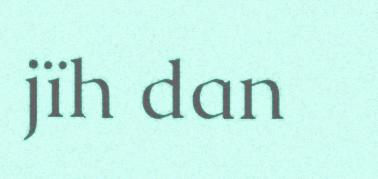
jïh dan